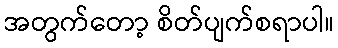
အတွက်တော့ စိတ်ပျက်စရာပါ။